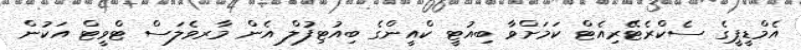
އެމްޑީޕީގެ ސެކްރެޓޭރިއެޓް ކަމަށްވާ ބިއުޓީ ކްއީންގެ ބިއުޓިފުލް އެން މާރވެލަސް ޓްވީޓް އަކުން